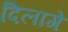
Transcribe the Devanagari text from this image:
दिलागे